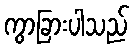
ကွာခြားပါသည်